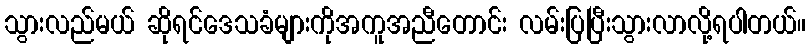
သွားလည်မယ် ဆိုရင်ဒေသခံများကိုအကူအညီတောင်း လမ်းပြပြီးသွားလာလို့ရပါတယ်။